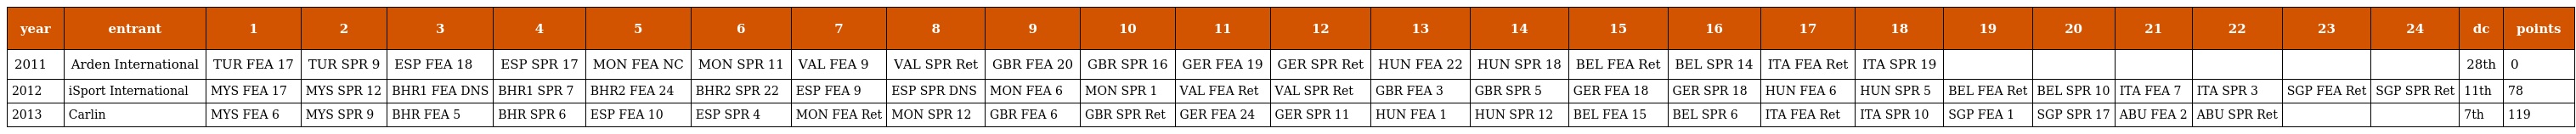
| year | entrant | 1 | 2 | 3 | 4 | 5 | 6 | 7 | 8 | 9 | 10 | 11 | 12 | 13 | 14 | 15 | 16 | 17 | 18 | 19 | 20 | 21 | 22 | 23 | 24 | dc | points |
 | --- | --- | --- | --- | --- | --- | --- | --- | --- | --- | --- | --- | --- | --- | --- | --- | --- | --- | --- | --- | --- | --- | --- | --- | --- | --- | --- | --- |
 | 2011 | Arden International | TUR FEA 17 | TUR SPR 9 | ESP FEA 18 | ESP SPR 17 | MON FEA NC | MON SPR 11 | VAL FEA 9 | VAL SPR Ret | GBR FEA 20 | GBR SPR 16 | GER FEA 19 | GER SPR Ret | HUN FEA 22 | HUN SPR 18 | BEL FEA Ret | BEL SPR 14 | ITA FEA Ret | ITA SPR 19 |  |  |  |  |  |  | 28th | 0 |
 | 2012 | iSport International | MYS FEA 17 | MYS SPR 12 | BHR1 FEA DNS | BHR1 SPR 7 | BHR2 FEA 24 | BHR2 SPR 22 | ESP FEA 9 | ESP SPR DNS | MON FEA 6 | MON SPR 1 | VAL FEA Ret | VAL SPR Ret | GBR FEA 3 | GBR SPR 5 | GER FEA 18 | GER SPR 18 | HUN FEA 6 | HUN SPR 5 | BEL FEA Ret | BEL SPR 10 | ITA FEA 7 | ITA SPR 3 | SGP FEA Ret | SGP SPR Ret | 11th | 78 |
 | 2013 | Carlin | MYS FEA 6 | MYS SPR 9 | BHR FEA 5 | BHR SPR 6 | ESP FEA 10 | ESP SPR 4 | MON FEA Ret | MON SPR 12 | GBR FEA 6 | GBR SPR Ret | GER FEA 24 | GER SPR 11 | HUN FEA 1 | HUN SPR 12 | BEL FEA 15 | BEL SPR 6 | ITA FEA Ret | ITA SPR 10 | SGP FEA 1 | SGP SPR 17 | ABU FEA 2 | ABU SPR Ret |  |  | 7th | 119 |